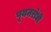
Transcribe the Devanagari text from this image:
पूयनरोधी